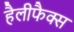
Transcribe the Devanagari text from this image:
हैलीफैक्स